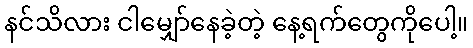
နင်သိလား ငါမျှော်နေခဲ့တဲ့ နေ့ရက်တွေကိုပေါ့။